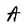
Character: A